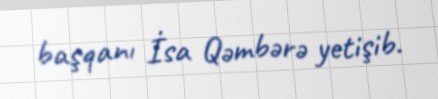
başqanı İsa Qəmbərə yetişib.